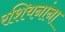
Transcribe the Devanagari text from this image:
रशियनांना